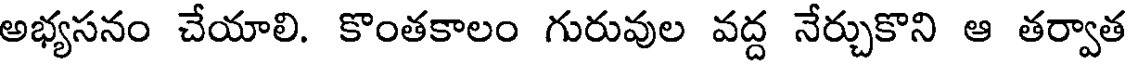
అభ్యసనం చేయాలి. కొంతకాలం గురువుల వద్ద నేర్చుకొని ఆ తర్వాత